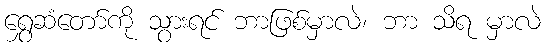
ရွှေဆံတော်ကို သွားရင် ဘာဖြစ်မှာလဲ၊ ဘာ သိရ မှာလဲ